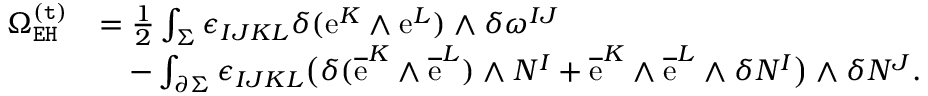
\begin{array} { r l } { \Omega _ { \mathtt { E H } } ^ { \mathtt { ( t ) } } } & { = \frac { 1 } { 2 } \int _ { \Sigma } \epsilon _ { I J K L } \delta ( \mathrm { e } ^ { K } \wedge \mathrm { e } ^ { L } ) \wedge \delta \omega ^ { I J } } \\ & { \quad - \int _ { \partial \Sigma } \epsilon _ { I J K L } \big ( \delta ( \overline { { \mathrm { e } } } ^ { K } \wedge \overline { { \mathrm { e } } } ^ { L } ) \wedge N ^ { I } + \overline { { \mathrm { e } } } ^ { K } \wedge \overline { { \mathrm { e } } } ^ { L } \wedge \delta N ^ { I } \big ) \wedge \delta N ^ { J } . } \end{array}